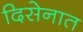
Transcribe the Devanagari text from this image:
दिसेनात